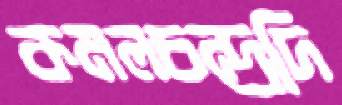
কমলচন্দ্রদি